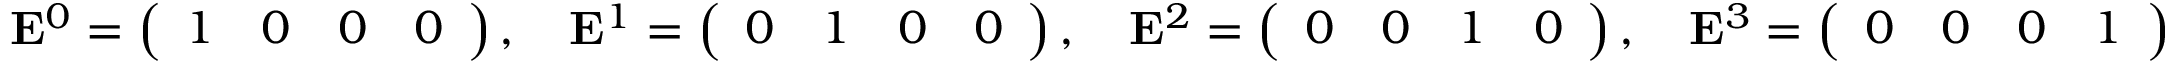
\mathbf { E } ^ { 0 } = { \left( \begin{array} { l l l l } { 1 } & { 0 } & { 0 } & { 0 } \end{array} \right) } \, , \quad \mathbf { E } ^ { 1 } = { \left( \begin{array} { l l l l } { 0 } & { 1 } & { 0 } & { 0 } \end{array} \right) } \, , \quad \mathbf { E } ^ { 2 } = { \left( \begin{array} { l l l l } { 0 } & { 0 } & { 1 } & { 0 } \end{array} \right) } \, , \quad \mathbf { E } ^ { 3 } = { \left( \begin{array} { l l l l } { 0 } & { 0 } & { 0 } & { 1 } \end{array} \right) }